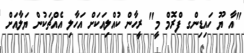
"އާ ޔޫ ހައިޑިންގ ފްރޮމް މީ" ރީހާން ކުއްލިއަކަށް އަހާލި އެއްޗަކުން ޔަލާއަށް